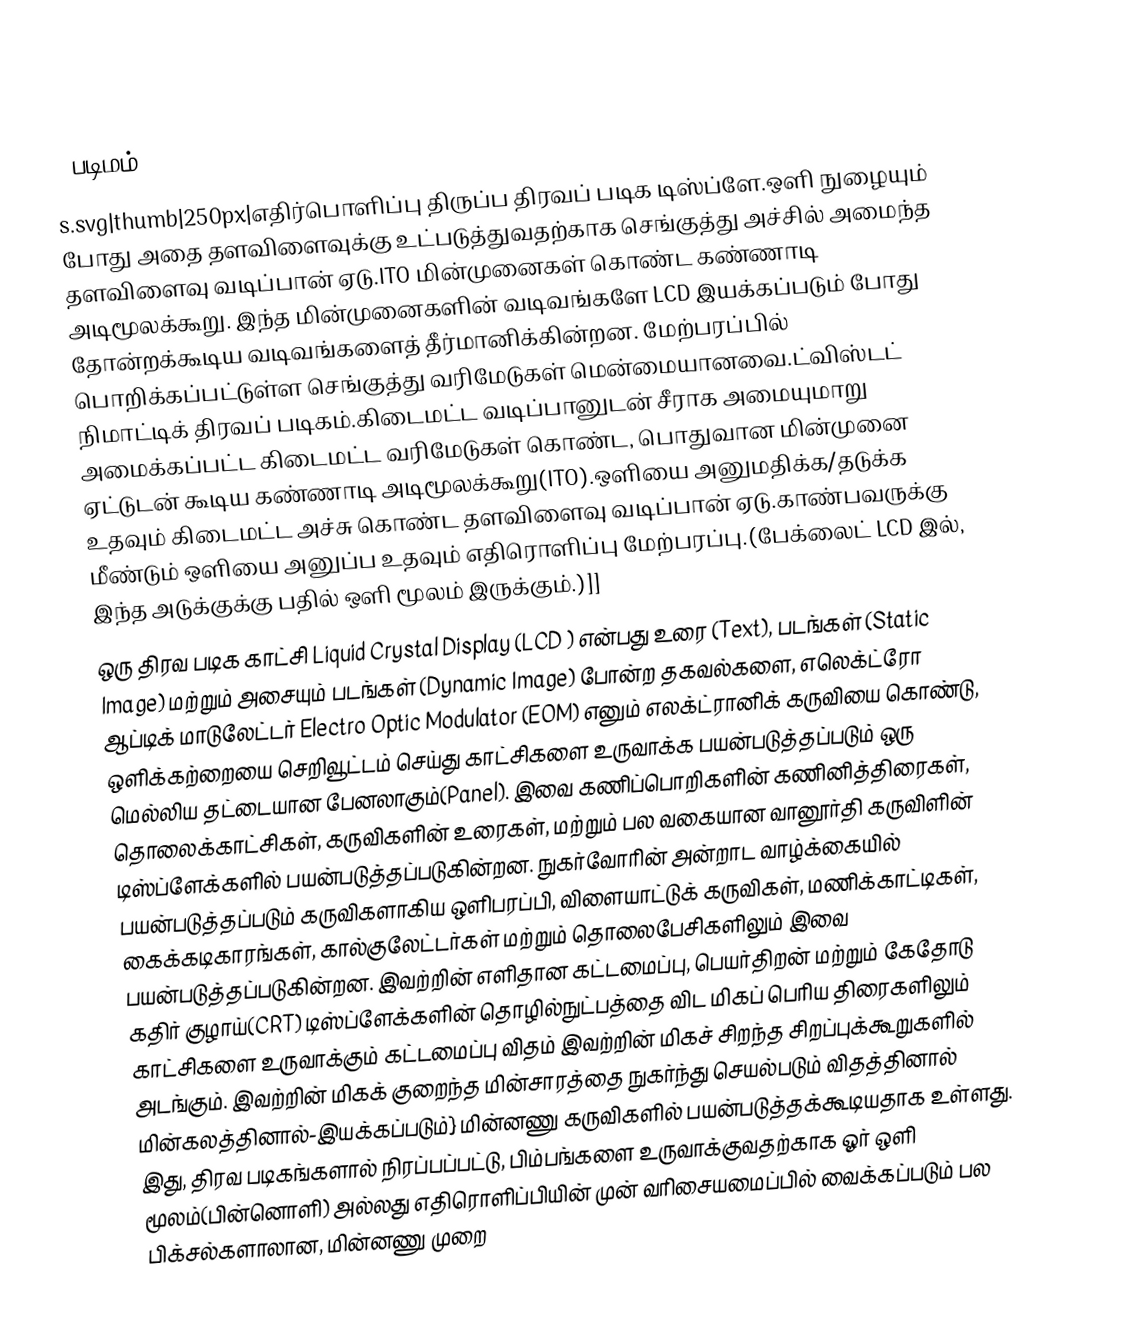
[[படிமம்:LCD layer
s.svg|thumb|250px|எதிர்பொளிப்பு திருப்ப திரவப் படிக டிஸ்ப்ளே.ஒளி நுழையும் போது அதை தளவிளைவுக்கு உட்படுத்துவதற்காக செங்குத்து அச்சில் அமைந்த தளவிளைவு வடிப்பான் ஏடு.ITO மின்முனைகள் கொண்ட கண்ணாடி அடிமூலக்கூறு. இந்த மின்முனைகளின் வடிவங்களே LCD இயக்கப்படும் போது தோன்றக்கூடிய வடிவங்களைத் தீர்மானிக்கின்றன. மேற்பரப்பில் பொறிக்கப்பட்டுள்ள செங்குத்து வரிமேடுகள் மென்மையானவை.ட்விஸ்டட் நிமாட்டிக் திரவப் படிகம்.கிடைமட்ட வடிப்பானுடன் சீராக அமையுமாறு அமைக்கப்பட்ட கிடைமட்ட வரிமேடுகள் கொண்ட, பொதுவான மின்முனை ஏட்டுடன் கூடிய கண்ணாடி அடிமூலக்கூறு(ITO).ஒளியை அனுமதிக்க/தடுக்க உதவும் கிடைமட்ட அச்சு கொண்ட தளவிளைவு வடிப்பான் ஏடு.காண்பவருக்கு மீண்டும் ஒளியை அனுப்ப உதவும் எதிரொளிப்பு மேற்பரப்பு.(பேக்லைட் LCD இல், இந்த அடுக்குக்கு பதில் ஒளி மூலம் இருக்கும்.)]]
ஒரு திரவ படிக காட்சி Liquid Crystal Display (LCD ) என்பது உரை (Text), படங்கள் (Static Image) மற்றும் அசையும் படங்கள் (Dynamic Image) போன்ற தகவல்களை, எலெக்ட்ரோ ஆப்டிக் மாடுலேட்டர் Electro Optic Modulator (EOM)  எனும் எலக்ட்ரானிக் கருவியை கொண்டு, ஒளிக்கற்றையை செறிவூட்டம் செய்து காட்சிகளை உருவாக்க பயன்படுத்தப்படும் ஒரு மெல்லிய தட்டையான பேனலாகும்(Panel). இவை கணிப்பொறிகளின் கணினித்திரைகள், தொலைக்காட்சிகள், கருவிகளின் உரைகள், மற்றும் பல வகையான வானூர்தி கருவிளின் டிஸ்ப்ளேக்களில் பயன்படுத்தப்படுகின்றன. நுகர்வோரின் அன்றாட வாழ்க்கையில் பயன்படுத்தப்படும் கருவிகளாகிய ஒளிபரப்பி, விளையாட்டுக் கருவிகள், மணிக்காட்டிகள், கைக்கடிகாரங்கள், கால்குலேட்டர்கள் மற்றும் தொலைபேசிகளிலும் இவை பயன்படுத்தப்படுகின்றன. இவற்றின் எளிதான கட்டமைப்பு, பெயர்திறன் மற்றும் கேதோடு கதிர் குழாய்(CRT) டிஸ்ப்ளேக்களின் தொழில்நுட்பத்தை விட மிகப் பெரிய திரைகளிலும் காட்சிகளை உருவாக்கும் கட்டமைப்பு விதம் இவற்றின் மிகச் சிறந்த சிறப்புக்கூறுகளில் அடங்கும். இவற்றின் மிகக் குறைந்த மின்சாரத்தை நுகர்ந்து செயல்படும் விதத்தினால் மின்கலத்தினால்-இயக்கப்படும்} மின்னணு கருவிகளில் பயன்படுத்தக்கூடியதாக உள்ளது. இது, திரவ படிகங்களால் நிரப்பப்பட்டு, பிம்பங்களை உருவாக்குவதற்காக ஓர் ஒளி மூலம்(பின்னொளி) அல்லது எதிரொளிப்பியின் முன் வரிசையமைப்பில் வைக்கப்படும் பல பிக்சல்களாலான, மின்னணு முறை